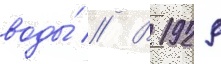
воды́ // В 1929